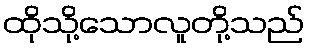
ထိုသို့သောလူတို့သည်